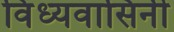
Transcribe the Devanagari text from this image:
विंध्‍यवासिनी